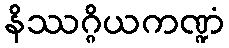
နိဿဂ္ဂိယကဏ္ဍံ